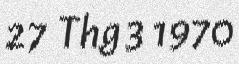
27 Thg 3 1970